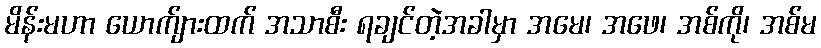
မိန်းမဟာ ယောက်ျားထက် အသာစီး ရချင်တဲ့အခါမှာ အမေ၊ အဖေ၊ အစ်ကို၊ အစ်မ